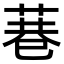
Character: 𮏮